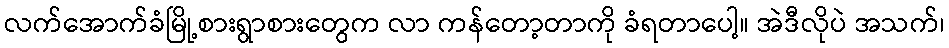
လက်အောက်ခံမြို့စားရွာစားတွေက လာ ကန်တော့တာကို ခံရတာပေါ့။ အဲဒီလိုပဲ အသက်၊